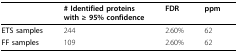
|  | # Identified proteins with ≥ 95% confidence | FDR | ppm |
 | --- | --- | --- | --- |
 | ETS samples | 244 | 2.60% | 62 |
 | FF samples | 109 | 2.60% | 62 |